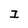
Character: I